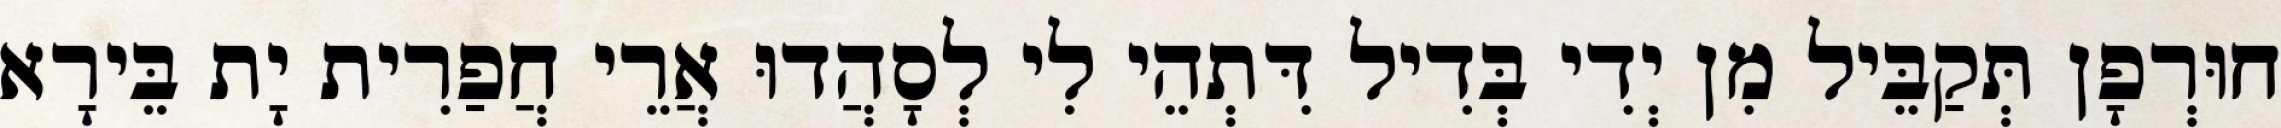
חוּרְפָן תְּקַבֵּיל מִן יְדִי בְּדִיל דִּתְהֵי לִי לְסָהֲדוּ אֲרֵי חֲפַרִית יָת בֵּירָא